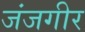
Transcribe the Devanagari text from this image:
जंजगीर